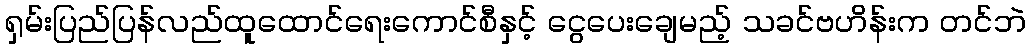
ရှမ်းပြည်ပြန်လည်ထူထောင်ရေးကောင်စီနှင့် ငွေပေးချေမည့် သခင်ဗဟိန်းက တင်ဘဲ